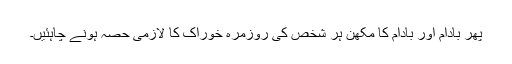
پھر بادام اور بادام کا مکھن ہر شخص کی روزمرہ خوراک کا لازمی حصہ ہونے چاہئیں۔